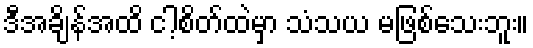
ဒီအချိန်အထိ ငါ့စိတ်ထဲမှာ သံသယ မဖြစ်သေးဘူး။